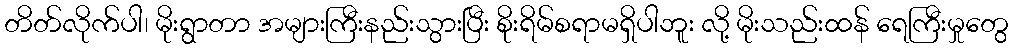
တိတ်လိုက်ပါ၊ မိုးရွာတာ အများကြီးနည်းသွားပြီး စိုးရိမ်စရာမရှိပါဘူး လို့ မိုးသည်းထန် ရေကြီးမှုတွေ